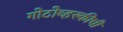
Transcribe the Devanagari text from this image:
गोटोव्हस्कीची